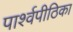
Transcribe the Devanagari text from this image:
पार्श्वपीठिका